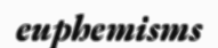
euphemisms